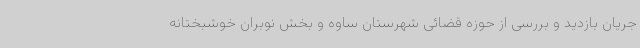
جریان بازدید و بررسی از حوزه قضائی شهرستان ساوه و بخش نوبران خوشبختانه